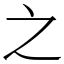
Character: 之